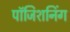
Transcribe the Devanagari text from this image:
पॉजिशनिंग